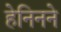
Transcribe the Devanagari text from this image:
हेनिनने